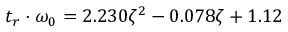
t _ { r } \cdot \omega _ { 0 } = 2 . 2 3 0 \zeta ^ { 2 } - 0 . 0 7 8 \zeta + 1 . 1 2